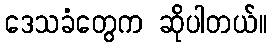
ဒေသခံတွေက ဆိုပါတယ်။